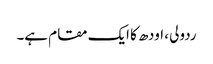
ردولی ، اودھ کا ایک مقام ہے۔